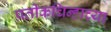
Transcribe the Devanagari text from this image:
प्रतीकचिन्हाच्या